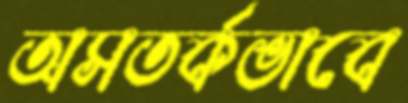
অসতর্কভাবে